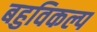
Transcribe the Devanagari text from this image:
बहुविकल्प